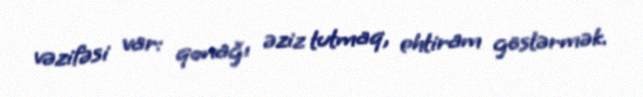
vəzifəsi var: qonağı əziz tutmaq, ehtiram göstərmək.